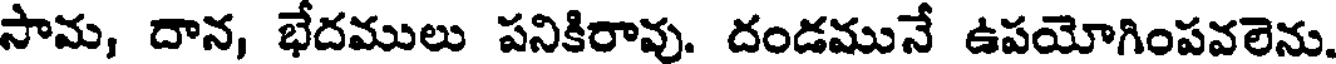
సామ, దాన, భేదములు పనికిరావు. దండమునే ఉపయోగింపవలెను.